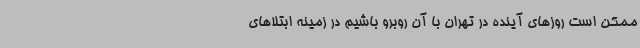
ممکن است روزهای آینده در تهران با آن روبرو باشیم در زمینه ابتلاهای